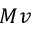
M v